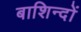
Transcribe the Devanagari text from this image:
बाशिन्दों